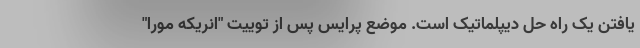
یافتن یک راه حل دیپلماتیک است. موضع پرایس پس از توییت "انریکه مورا"